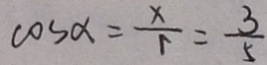
\cos \alpha = \frac { x } { r } = \frac { 3 } { 5 }